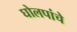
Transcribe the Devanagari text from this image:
घोलपांचे